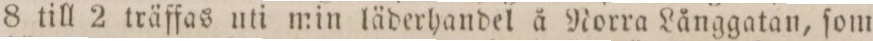
8 till 2 träffas uti min läderhandel å Norra Långgatan, ſom